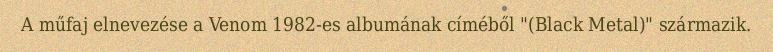
A műfaj elnevezése a Venom 1982-es albumának címéből "(Black Metal)" származik.